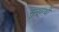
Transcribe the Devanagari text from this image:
सुखार्थी